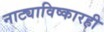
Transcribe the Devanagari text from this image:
नाट्याविष्कारही